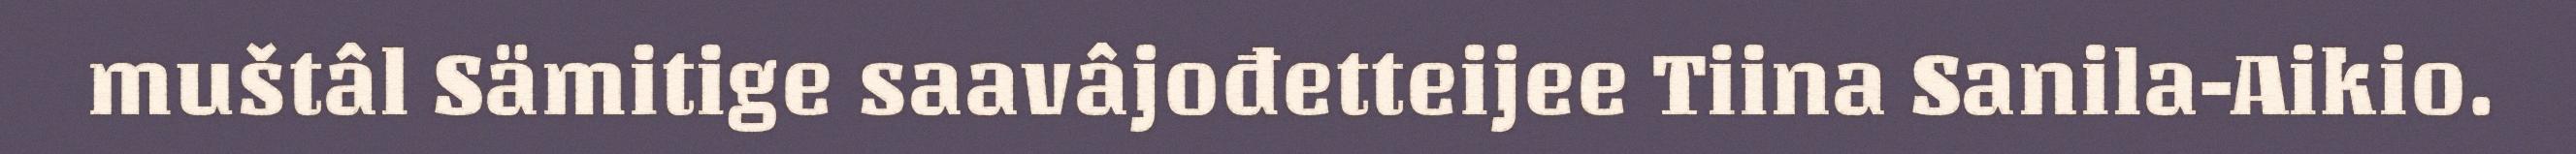
muštâl Sämitige saavâjođetteijee Tiina Sanila-Aikio.